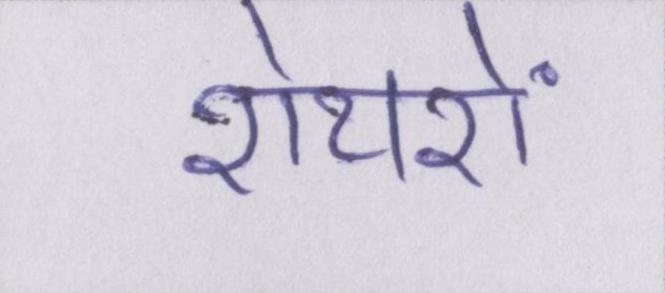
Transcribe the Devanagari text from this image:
शेयरों